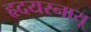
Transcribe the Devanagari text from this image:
हृदयस्नायू